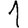
Digit: 1